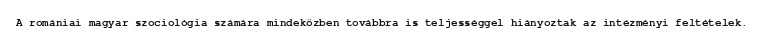
A romániai magyar szociológia számára mindeközben továbbra is teljességgel hiányoztak az intézményi feltételek.